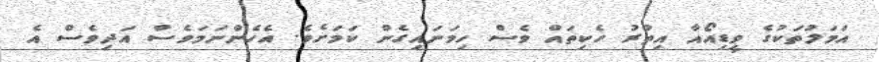
އަމަލުތަކުގެ ވީޑިއޯއާ އިތުރު ހެކިތައް ވެސް ހިމަނައިގެން ކަމަށެވެ. އެހެންނަމަވެސް އަދިވެސް އެ